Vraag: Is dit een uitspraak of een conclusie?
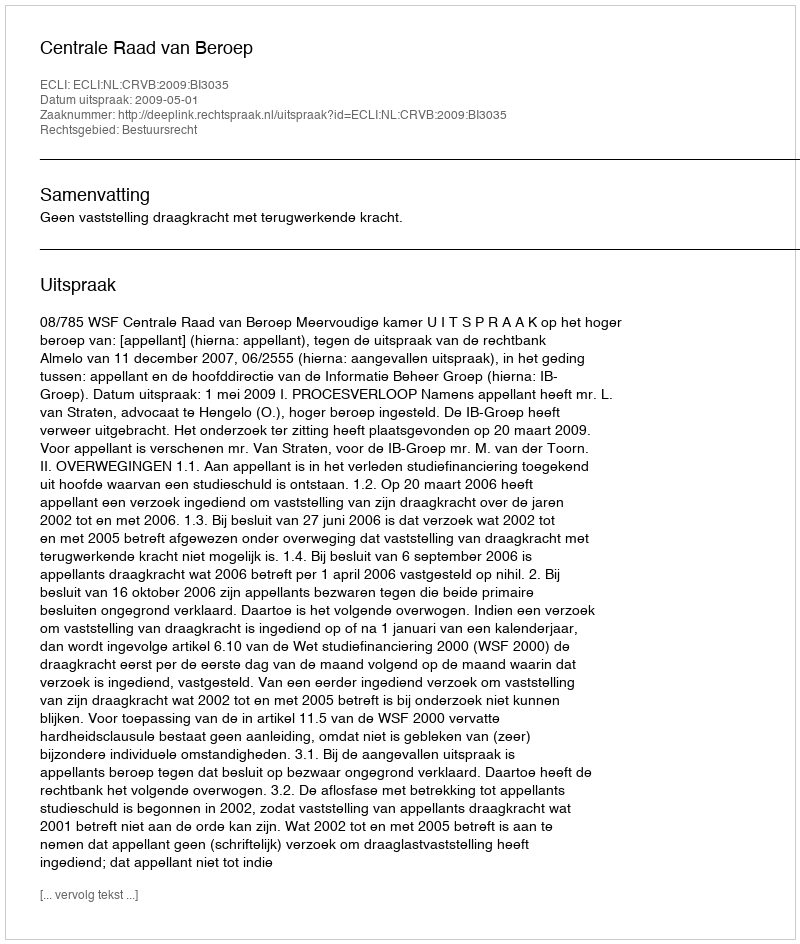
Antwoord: Uitspraak